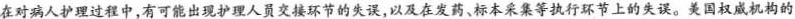
在对病人护理过程中，有可能出现护理人员交接环节的先误，以及在发药、标本采集等执行环节上的失误。美国权威机构的